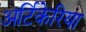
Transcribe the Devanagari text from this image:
अर्टिकेरिया